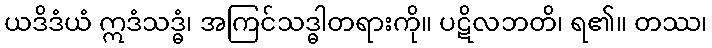
ယဒိဒံယံ ဣဒံသဒ္ဓံ၊ အကြင်သဒ္ဓါတရားကို။ ပဋိလဘတိ၊ ရ၏။ တဿ၊